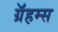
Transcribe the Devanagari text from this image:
ग्रॅहम्स